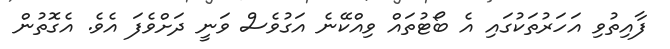
ފާއިތުވި އަހަރުތަކުގައި އެ ބޯޓުތައް ވިއްކޭނެ އަގުވެސް ވަނީ ދަށްވެފަ އެވެ. އެގޮތުން